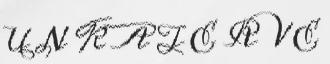
U N K A T E R V E